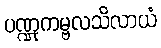
ပဏ္ဍုကမ္ဗလသိလာယံ